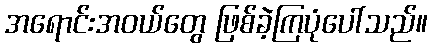
အရောင်းအဝယ်တွေ ဖြစ်ခဲ့ကြပုံပေါ်သည်။